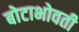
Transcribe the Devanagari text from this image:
बोटाभोवती